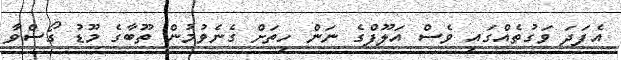
އެފަދަ ވަގުތެއްގައި ވެސް އަލޫފްގެ ނަން ހިތަށް ގެނެވުމުން ތޫބާގެ މޫޑު ގޯސްވާ